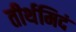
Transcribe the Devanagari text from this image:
तीर्थमिदं